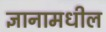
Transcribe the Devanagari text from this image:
ज्ञानामधील